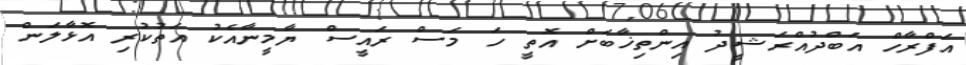
އަފްރާހް އަބްދުއްރަޝީދު އިންތިޚާބަށް އޮތީ ހަ މަސް ރައީސް ޔާމީނާއެކު އަތުކުރި އޮޅާލަން